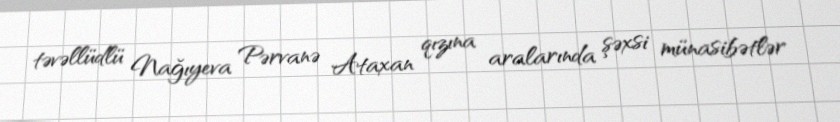
təvəllüdlü Nağıyeva Pərvanə Ataxan qızına aralarında şəxsi münasibətlər